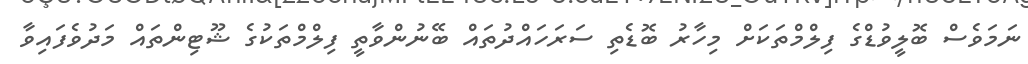
ނަމަވެސް ބޮލީވުޑްގެ ފިލްމްތަކަށް މިހާރު ބޮޑެތި ސަރަހައްދުތައް ބޭނުންވާތީ ފިލްމްތަކުގެ ޝޫޓިންތައް މަދުވެފައިވާ